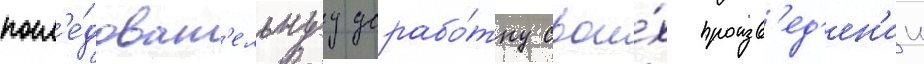
посл'е́доват'ельнуу дорабо́тку свои́х произв'ед'ен'ии